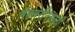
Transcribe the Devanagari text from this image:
मॅक्लरीनसाठी